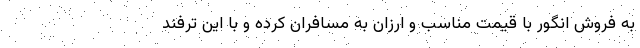
به فروش انگور با قیمت مناسب و ارزان به مسافران کرده و با این ترفند